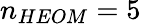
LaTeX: n_{HEOM}=5